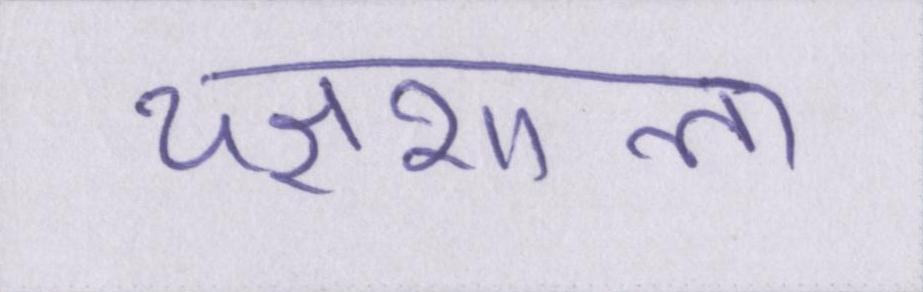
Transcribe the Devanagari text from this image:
यज्ञशाला